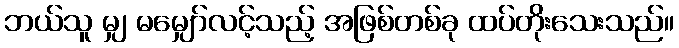
ဘယ်သူ မျှ မမျှော်လင့်သည့် အဖြစ်တစ်ခု ထပ်တိုးသေးသည်။